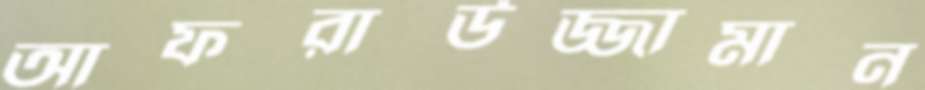
আফরাউজ্জামান